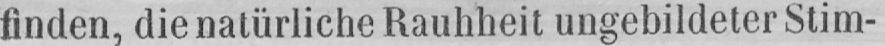
finden, die natürliche Rauhheit ungebildeter Stim-